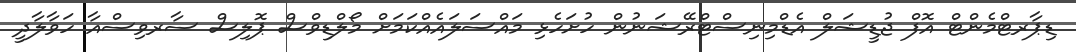
ޑިޕާރޓްމެންޓް އޮފް ޖުޑީޝަލް އެޑްމިނިސްޓްރޭޝަނުން ހުށަހެޅި މައްސަލައެއްކަމަށް މޯލްޑިވްސް ޕޮލިސް ސާރވިސްއާ ހަވާލާދީ